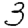
Digit: 3